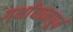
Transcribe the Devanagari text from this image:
गर्भाधानपूर्व